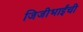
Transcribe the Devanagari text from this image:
जिजीभाईंची